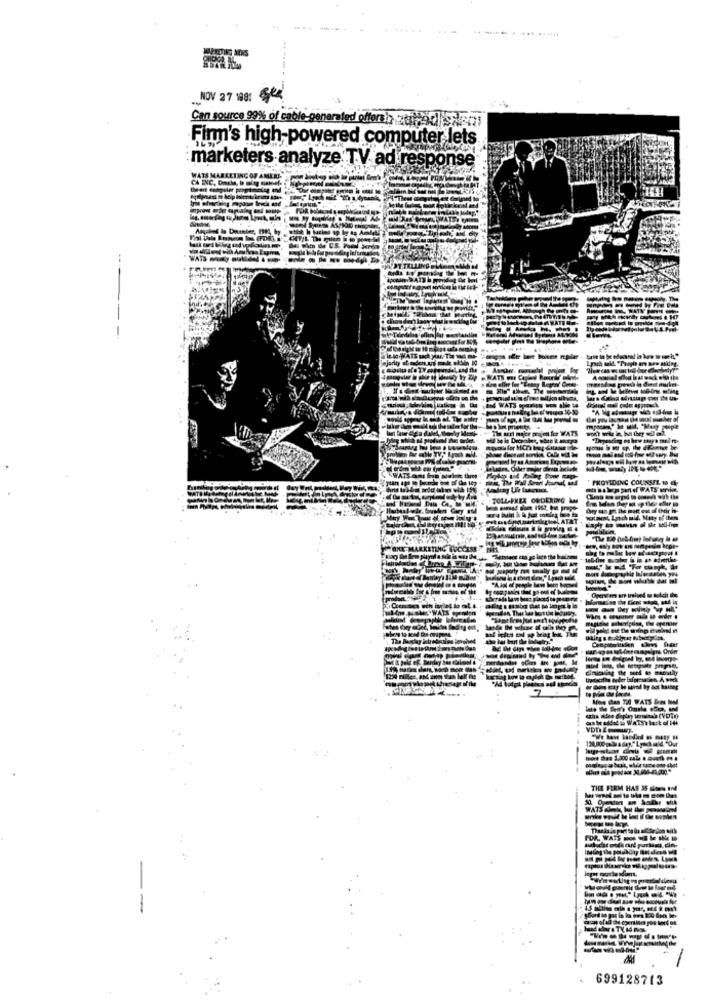
...
-----
NOV 27 181 Sek
Can source 99% of cable-generated offorth zeppo01/925225
Firm's high-powered computer lets
:marketers analyze TV ad response
---
---
--
projeler WATS
TOLL
THE FIRM H
WATS diml
699128713